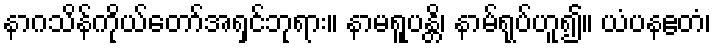
နာဂသိန်ကိုယ်တော်အရှင်ဘုရား။ နာမရူပန္တိ၊ နာမ်ရုပ်ဟူ၍။ ယံပနဧတံ၊